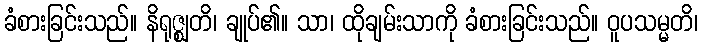
ခံစားခြင်းသည်။ နိရုဇ္ဈတိ၊ ချုပ်၏။ သာ၊ ထိုချမ်းသာကို ခံစားခြင်းသည်။ ဝူပသမ္မတိ၊